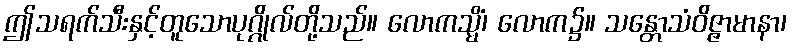
ဤသရက်သီးနှင့်တူသောပုဂ္ဂိုလ်တို့သည်။ လောကသ္မိံ၊ လောက၌။ သန္တောသံဝိဇ္ဇာမာနာ၊